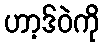
ဟာ့ဒ်ဝဲကို